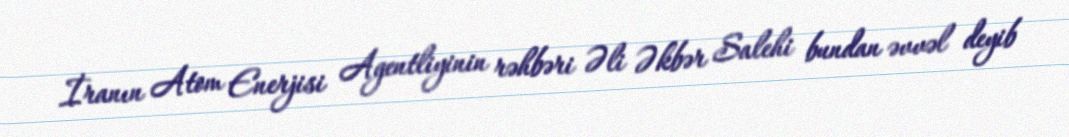
İranın Atom Enerjisi Agentliyinin rəhbəri Əli Əkbər Salehi bundan əvvəl deyib